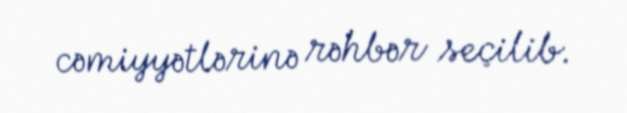
cəmiyyətlərinə rəhbər seçilib.